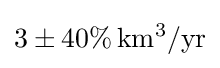
3\pm 40\%\,\mathrm {km^{3}/yr}